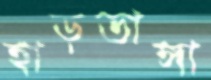
হাড়ভাঙ্গা